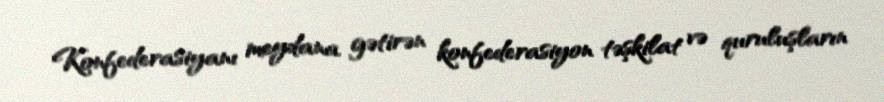
Konfederasiyanı meydana gətirən konfederasiyon təşkilat və quruluşların